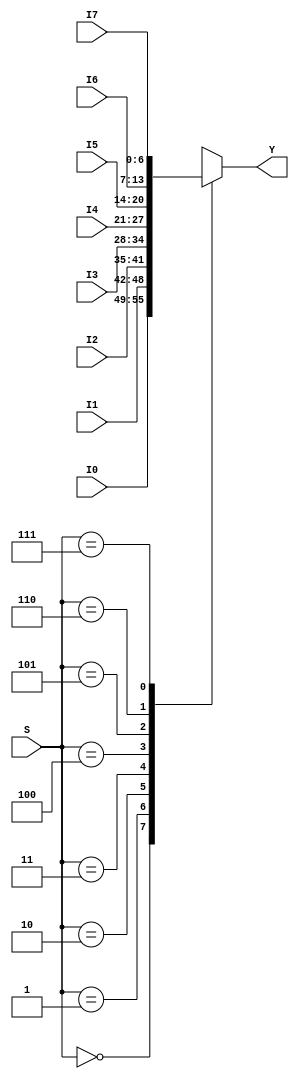
///////////////////
//Mux 8x1 of 7 bits
///////////////////
module mux_8x1_7_bits (output reg [6:0] Y, input [2:0]S, input [6:0] I0, I1, I2, I3, I4, I5, I6, I7);
always @ (S, I0, I1, I2, I3, I4, I5, I6, I7)
	case (S)
		3'b000: Y<=I0;
		3'b001: Y<=I1;
		3'b010: Y<=I2;
		3'b011: Y<=I3;
		3'b100: Y<=I4;
		3'b101: Y<=I5;
		3'b110: Y<=I6;
		3'b111: Y<=I7;
	endcase
endmodule